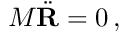
M { \ddot { \mathbf { R } } } = 0 \, ,